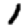
Digit: 1